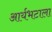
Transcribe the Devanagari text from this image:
आर्यभटाला